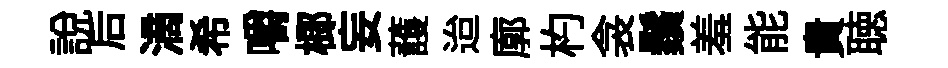
說后滴希嚼榔妄䕶迨廓杓衾鬚羞能貴聴